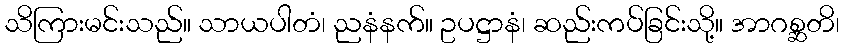
သိကြားမင်းသည်။ သာယပါတံ၊ ညနံနက်။ ဥပဋ္ဌာနံ၊ ဆည်းကပ်ခြင်းသို့။ အာဂစ္ဆတိ၊